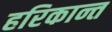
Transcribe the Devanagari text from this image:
हरिकान्त